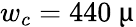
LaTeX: w_{c}=440\ \upmu